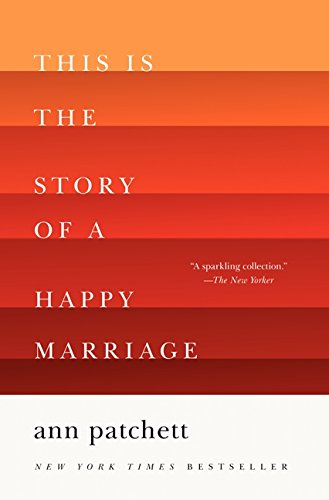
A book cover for This Is the Story of a Happy Marriage; Ann Patchett; Biographies & Memoirs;